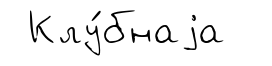
Клу́бнаjа